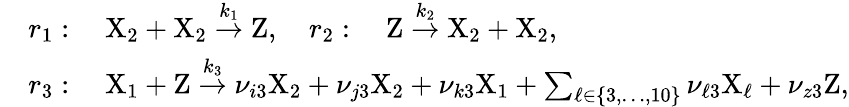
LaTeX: \begin{array}{rl}&{r_{1}:\quad\mathrm{X}_{2}+\mathrm{X}_{2}\stackrel{k_{1}}{\rightarrow}\mathrm{Z},\quad r_{2}:\quad\mathrm{Z}\stackrel{k_{2}}{\rightarrow}\mathrm{X}_{2}+\mathrm{X}_{2},}\\ &{r_{3}:\quad\mathrm{X}_{1}+\mathrm{Z}\stackrel{k_{3}}{\rightarrow}\nu_{i3}\mathrm{X}_{2}+\nu_{j3}\mathrm{X}_{2}+\nu_{k3}\mathrm{X}_{1}+\sum_{\ell\in\{ 3,\dots,10\} }\nu_{\ell 3}\mathrm{X}_{\ell}+\nu_{z3}\mathrm{Z},}\end{array}